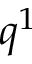
q ^ { 1 }